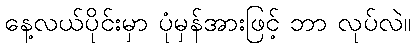
နေ့လယ်ပိုင်းမှာ ပုံမှန်အားဖြင့် ဘာ လုပ်လဲ။